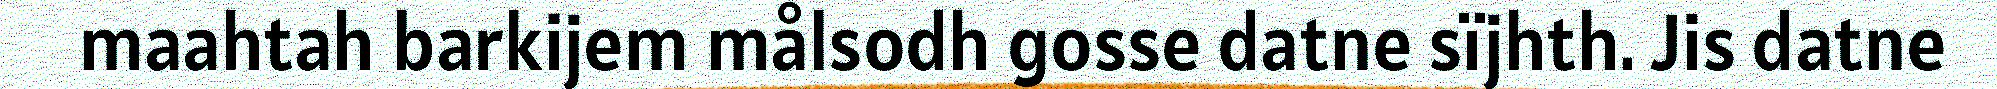
maahtah barkijem målsodh gosse datne sïjhth. Jis datne